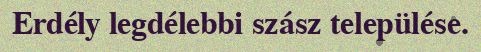
Erdély legdélebbi szász települése.